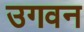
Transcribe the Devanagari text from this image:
उगवन